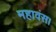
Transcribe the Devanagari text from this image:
महावंस।